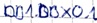
Text: DB1.DBX0.1